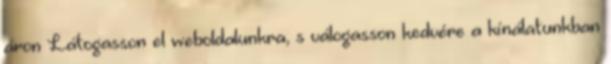
áron Látogasson el weboldalunkra, s válogasson kedvére a kínálatunkban